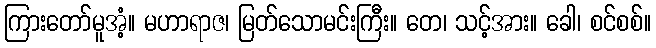
ကြားတော်မူအံ့။ မဟာရာဇ၊ မြတ်သောမင်းကြီး။ တေ၊ သင့်အား။ ခေါ၊ စင်စစ်။